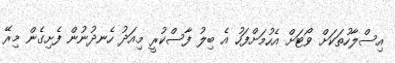
އިސްލާހުތަކަށް ވޯޓަށް އެހުމަށްފަހު އެ ބިލު ފާސްކުރީ މިއަދު ހެނދުނުން ފެށިގެން މިރޭ